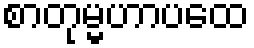
စာတုမ္မဟာပထေ